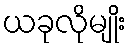
ယခုလိုမျိုး